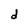
Character: d